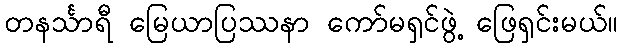
တနင်္သာရီ မြေယာပြဿနာ ကော်မရှင်ဖွဲ့ ဖြေရှင်းမယ်။